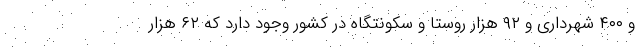
و ۴۰۰ شهرداری و ۹۲ هزار روستا و سکونتگاه در کشور وجود دارد که ۶۲ هزار